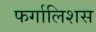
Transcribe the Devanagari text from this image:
फर्गालिशस